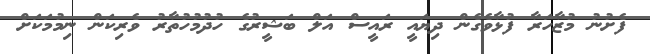
ފެށުނު މުޒާހަރާ ފުޅާވެގެން ދިޔައީ ރައީސް އަލް ބަޝީރުގެ ހުދުމުހުތާރު ވެރިކަން ނިމުމަކަށް